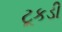
ટૂકડી